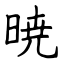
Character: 暁